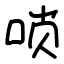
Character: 唢